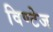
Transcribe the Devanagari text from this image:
विण्टेज